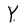
Character: Y